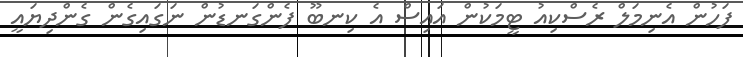
ފަހުން އެނިމަލް ރެސްކިއު ޓީމަކުން އައިސް އެ ކިނބޫ ފެންގަނޑުން ނަގައިގެން ގެންދިޔައީ